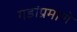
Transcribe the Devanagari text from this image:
गडांप्रमाणे